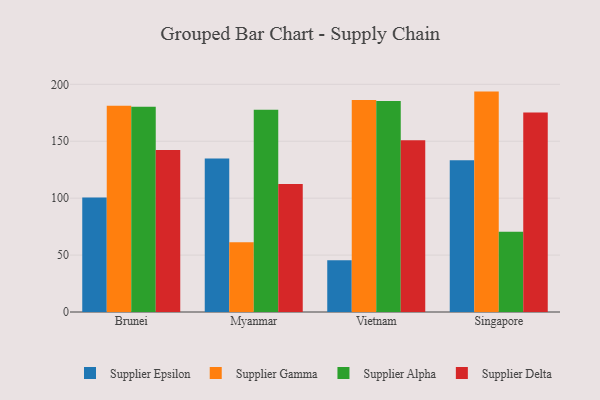
{"axis": {"x": "Country", "y": "Gross Profit (USD K)"}, "legend": ["Supplier Alpha", "Supplier Delta", "Supplier Epsilon", "Supplier Gamma"], "data": [{"x": "Brunei", "y": 100.5, "type": "Supplier Epsilon"}, {"x": "Brunei", "y": 181.1, "type": "Supplier Gamma"}, {"x": "Brunei", "y": 180.3, "type": "Supplier Alpha"}, {"x": "Brunei", "y": 142.4, "type": "Supplier Delta"}, {"x": "Myanmar", "y": 134.8, "type": "Supplier Epsilon"}, {"x": "Myanmar", "y": 61.2, "type": "Supplier Gamma"}, {"x": "Myanmar", "y": 177.7, "type": "Supplier Alpha"}, {"x": "Myanmar", "y": 112.4, "type": "Supplier Delta"}, {"x": "Vietnam", "y": 45.4, "type": "Supplier Epsilon"}, {"x": "Vietnam", "y": 186.3, "type": "Supplier Gamma"}, {"x": "Vietnam", "y": 185.3, "type": "Supplier Alpha"}, {"x": "Vietnam", "y": 150.8, "type": "Supplier Delta"}, {"x": "Singapore", "y": 133.4, "type": "Supplier Epsilon"}, {"x": "Singapore", "y": 193.6, "type": "Supplier Gamma"}, {"x": "Singapore", "y": 70.5, "type": "Supplier Alpha"}, {"x": "Singapore", "y": 175.2, "type": "Supplier Delta"}]}